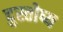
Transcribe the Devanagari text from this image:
दुस्तोष्य